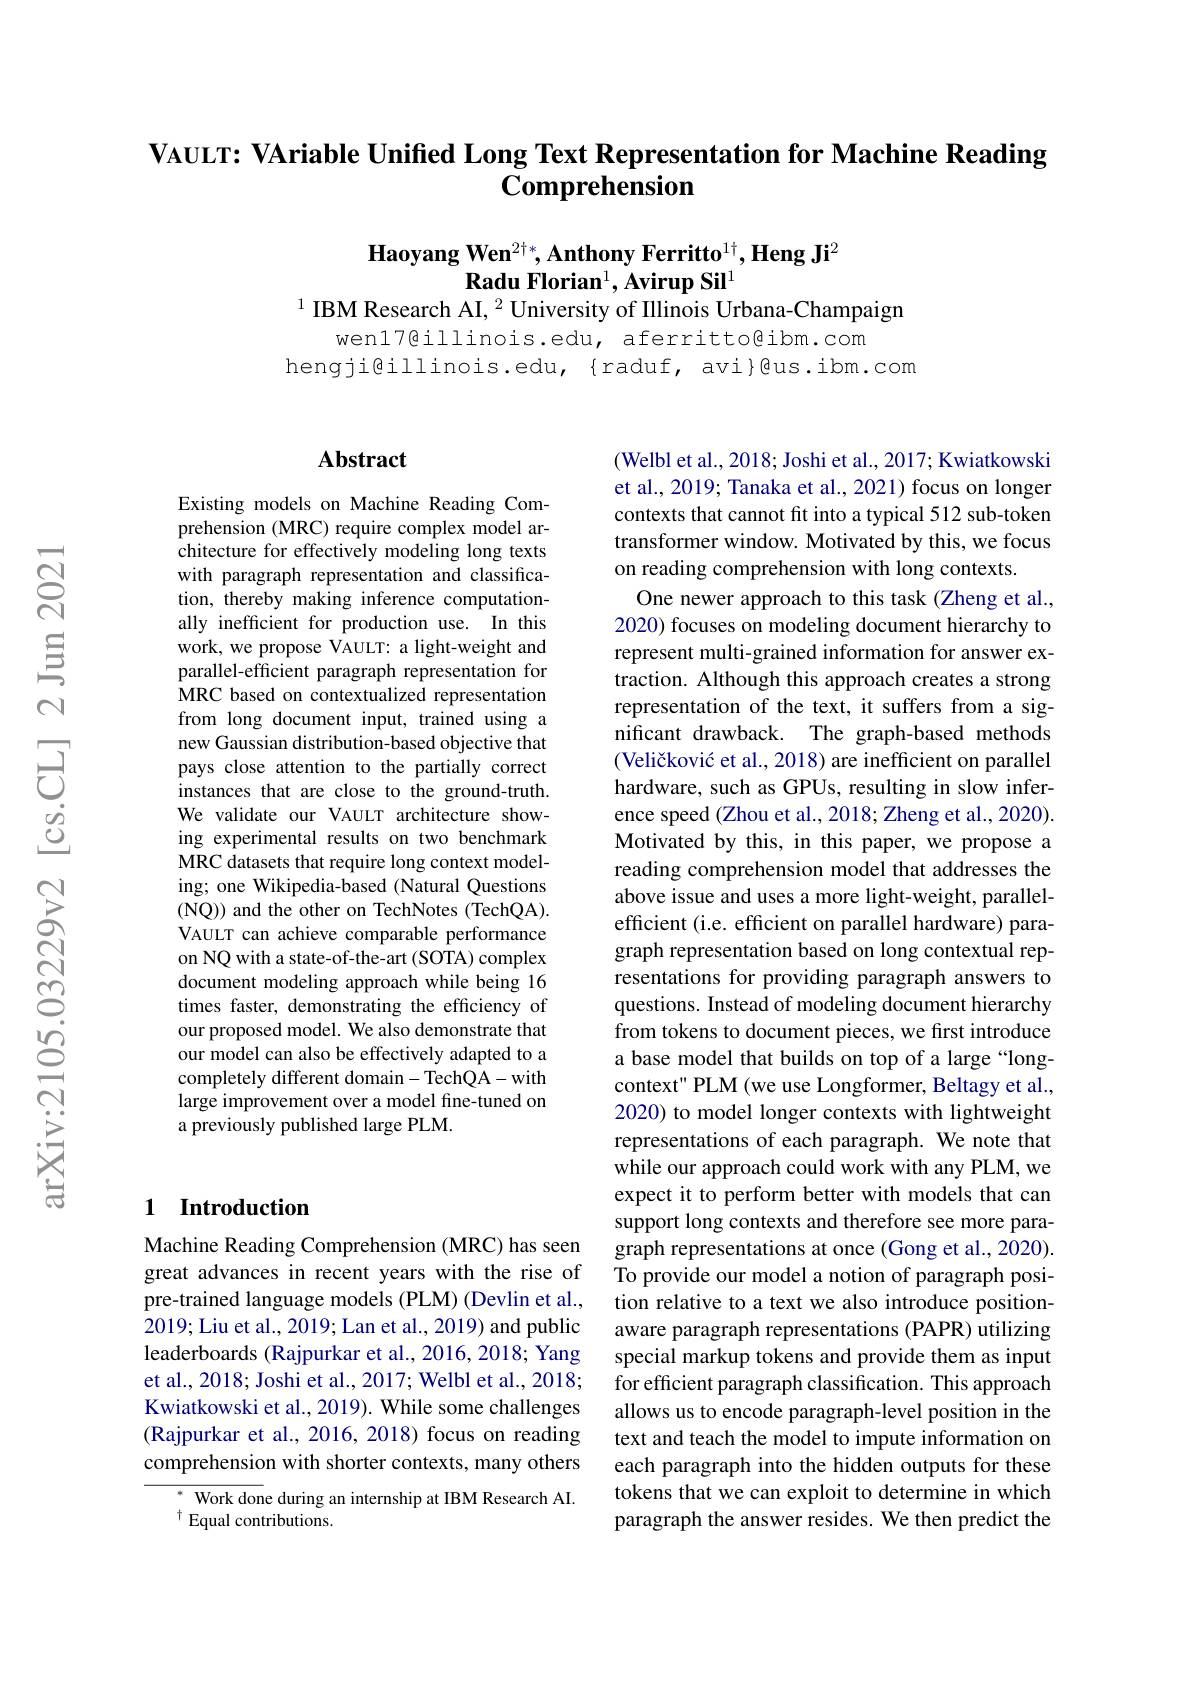
VAULT: VAriable Unified Long Text Representation for Machine Reading
# Comprehension

Haoyang Wen$^2\nmid*,\textbf{Anthony Ferritto}^{1\dagger},\textbf{Heng Ji}^2$
Radu Florian$^1,\textbf{Avirup Sil}^1$
$^{1}$ IBM Research AI, $^{2}$ University of Illinois Urbana-Champaign

wen17@illinois.edu, aferritto@ibm.com
hengji@illinois.edu,{raduf,avi}@us.ibm.com

### $\mathbf{Abstract}$

Existing models on Machine Reading Comprehension (MRC) require complex model architecture for effectively modeling long texts with paragraph representation and classification, thereby making inference computationally inefficient for production use. In this work, we propose VAULT: a light-weight and parallel-efficient paragraph representation for MRC based on contextualized representation from long document input, trained using a new Gaussian distribution-based objective that pays close attention to the partially correct instances that are close to the ground-truth. We validate our VAULT architecture showing experimental results on two benchmark MRC datasets that require long context modeling; one Wikipedia-based (Natural Questions (NQ)) and the other on TechNotes (TechQA). VAULT can achieve comparable performance on NQ with a state-of-the-art (SOTA) complex document modeling approach while being 16 times faster, demonstrating the efficiency of our proposed model. We also demonstrate that our model can also be effectively adapted to a completely different domain- TechQA-with large improvement over a model fine-tuned on a previously published large PLM.

## 1 Introduction

Machine Reading Comprehension (MRC) has seen great advances in recent years with the rise of pre-trained language models (PLM) (Devlin et al., 2019; Liu et al., 2019; Lan et al., 2019) and public leaderboards (Rajpurkar et al., 2016, 2018; Yang et al., 2018; Joshi et al., 2017; Welbl et al., 2018; Kwiatkowski et al., 2019). While some challenges (Rajpurkar et al., 2016, 2018) focus on reading comprehension with shorter contexts, many others

$^*$ Work done during an internship at IBM Research AI.
$^{\dagger}$Equal contributions.

(Welbl et al., 2018; Joshi et al., 2017; Kwiatkowski et al., 2019; Tanaka et al., 2021) focus on longer contexts that cannot fit into a typical 512 sub-token transformer window. Motivated by this, we focus on reading comprehension with long contexts.
One newer approach to this task (Zheng et al., 2020) focuses on modeling document hierarchy to represent multi-grained information for answer extraction. Although this approach creates a strong representation of the text, it suffers from a significant drawback. The graph-based methods (Veličković et al., 2018) are inefficient on parallel hardware, such as GPUs, resulting in slow inference speed (Zhou et al., 2018; Zheng et al., 2020). Motivated by this, in this paper, we propose a reading comprehension model that addresses the above issue and uses a more light-weight, parallelefficient (i.e. efficient on parallel hardware) paragraph representation based on long contextual representations for providing paragraph answers to questions. Instead of modeling document hierarchy from tokens to document pieces, we first introduce a base model that builds on top of a large “longcontext" PLM(we use Longformer, Beltagy et al., 2020) to model longer contexts with lightweight representations of each paragraph. We note that while our approach could work with any PLM, we expect it to perform better with models that can support long contexts and therefore see more paragraph representations at once (Gong et al., 2020). To provide our model a notion of paragraph position relative to a text we also introduce positionaware paragraph representations (PAPR) utilizing special markup tokens and provide them as input for efficient paragraph classification. This approach allows us to encode paragraph-level position in the text and teach the model to impute information on each paragraph into the hidden outputs for these tokens that we can exploit to determine in which paragraph the answer resides. We then predict the